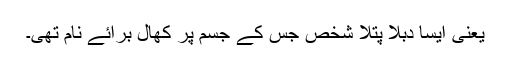
یعنی ایسا دبلا پتلا شخص جس کے جسم پر کھال برائے نام تھی۔